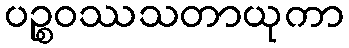
ပဉ္စဝဿသတာယုကာ